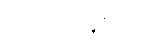
သံဃသာမဂ္ဂီသုတ္တံ